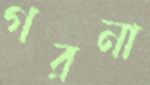
গরনা